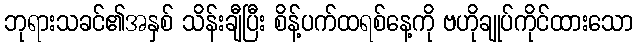
ဘုရားသခင်၏အနှစ် သိန်းချီပြီး စိန့်ပက်ထရစ်နေ့ကို ဗဟိုချုပ်ကိုင်ထားသော